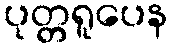
ပုတ္တရူပေန